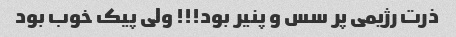
ذرت رژیمی پر سس و پنیر بود!!! ولی پیک خوب بود